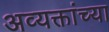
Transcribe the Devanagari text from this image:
अव्यक्तांच्या